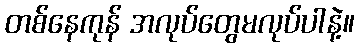
တစ်နေကုန် အလုပ်တွေမလုပ်ပါနဲ့။